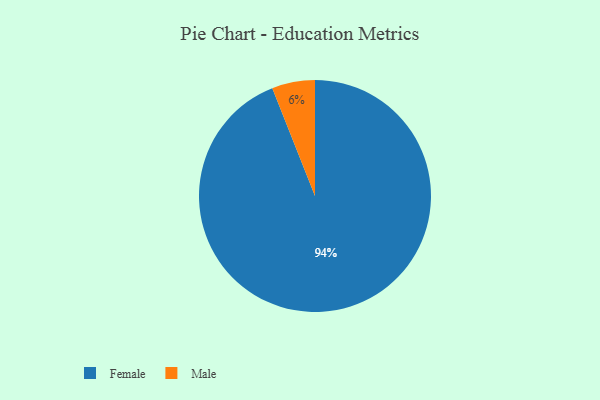
{"axis": {"x": "Category", "y": "Percentage"}, "legend": ["Female", "Male"], "data": [{"x": "Female", "y": 94, "type": "Female"}, {"x": "Male", "y": 6, "type": "Male"}]}